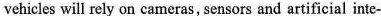
vehicles will rely on cameras, sensors and artificial inte-